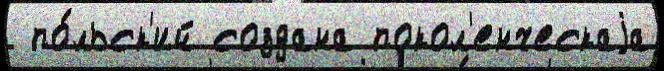
 по́льск'ий создана покол'енческаjа